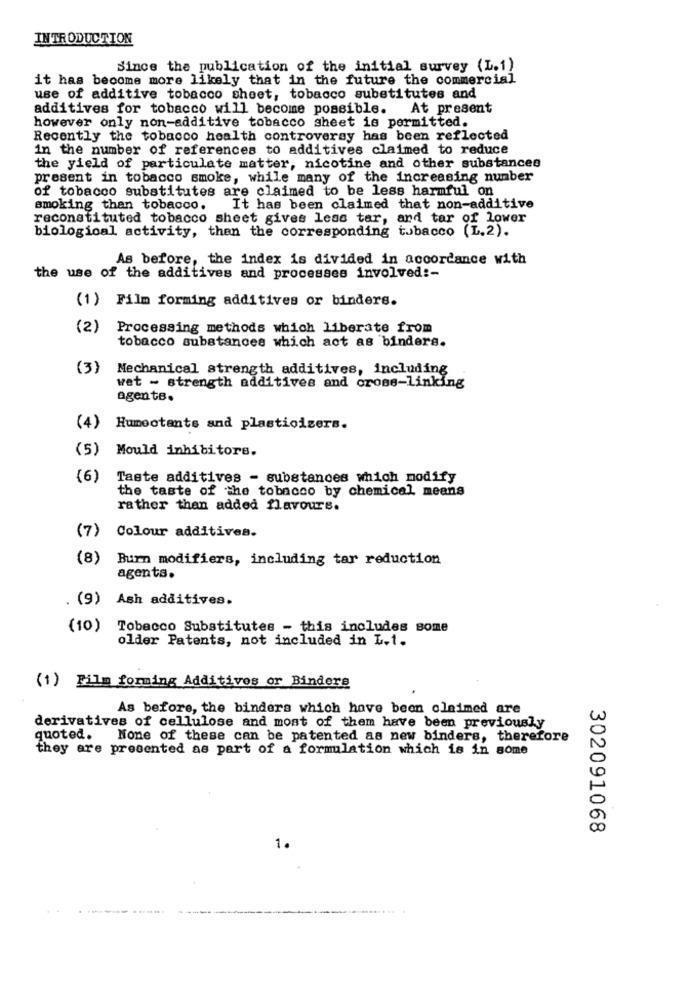
INTRODUCTION
Since the publication of the initial survey (L.1)
it has become more likely that in the future the commercial
use of additive tobacco sheet, tobacco substitutes and
additives for tobacco will become possible. At present
however only non-additive tobacco sheet is permitted.
Recently the tobacco health controversy has been reflected
in the number of references to additives claimed to reduce
the yield of particulate matter, nicotine and other substances
present in tobacco smoke, while many of the increasing number
of tobacco substitutes are claimed to be less harmful on
smoking than tobacco.
It has been claimed that non-additive
reconstituted tobacco sheet gives less tar, and tar of lower
biological activity, then the corresponding tobacco (L.2).
As before, the index is divided in accordance with
the use of the additives and processes involved :-
(1) Film forming additives or binders.
(2)
Processing methods which liberate from
tobacco substances which act as binders.
(3)
Mechanical strength additives, including
wet - strength additives and cross-linking
agents.
(4)
Humectante and plastioizers.
(5)
Mould inhibitors.
(6)
Taste additives - substances which modify
the taste of the tobacco by chemical means
rather than added flavours.
(7)
Colour additives.
(8)
Burn modifiers, including tar reduction
agents.
. (9) Ash additives.
(10)
Tobacco Substitutes - this includes some
older Patents, not included in L.1.
(1) Film forming Additives or Binders
As before, the binders which have been claimed are
w
derivatives of cellulose and most of them have been previously
quoted. None of these can be patented as new binders, therefore
they are presented as part of a formulation which is in some
00
302091068
1.